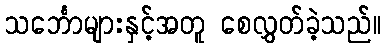
သင်္ဘောများနှင့်အတူ စေလွှတ်ခဲ့သည်။